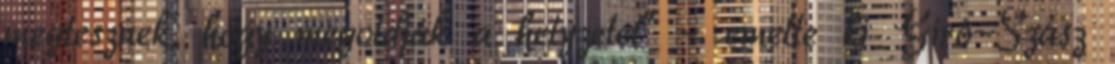
megtesznek, hogy megoldják a helyzetet" - emelte ki Giró-Szász